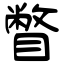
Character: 瞥